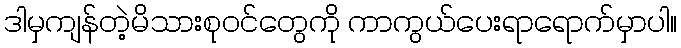
ဒါမှကျန်တဲ့မိသားစုဝင်တွေကို ကာကွယ်ပေးရာရောက်မှာပါ။